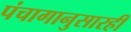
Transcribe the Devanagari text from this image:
पंचागानुसारही